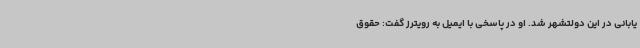
یابانی در این دولتشهر شد. او در پاسخی با ایمیل به رویترز گفت: حقوق